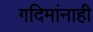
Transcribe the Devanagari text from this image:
गदिमांनाही